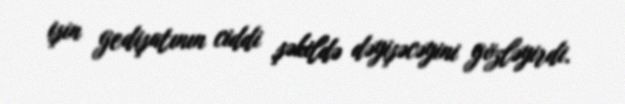
işin gedişatının ciddi şəkildə dəyişəcəyini gözləyirdi.